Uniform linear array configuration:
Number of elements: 4
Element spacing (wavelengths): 0.25
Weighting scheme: cosine
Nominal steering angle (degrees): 60
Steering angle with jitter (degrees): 60.497
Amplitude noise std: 0.05
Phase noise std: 0.05

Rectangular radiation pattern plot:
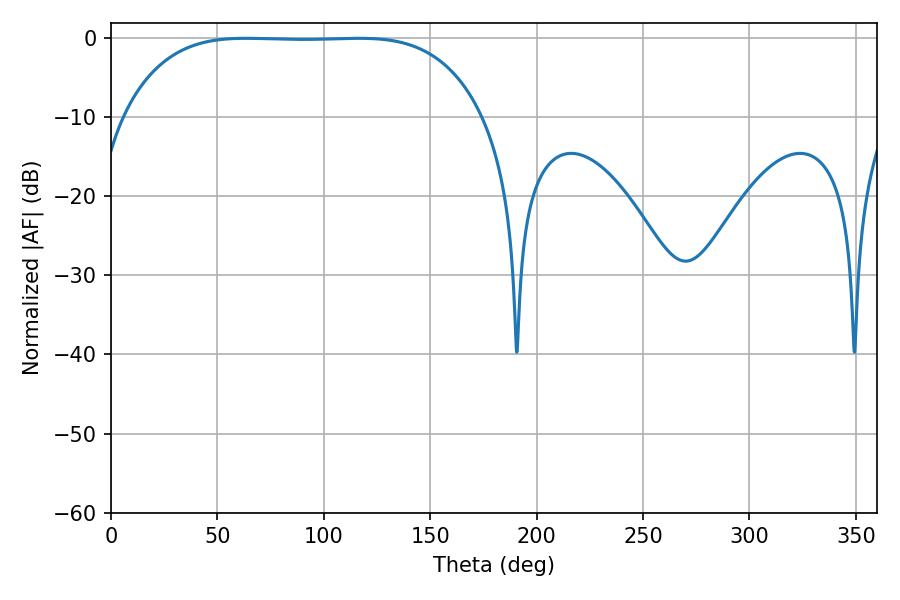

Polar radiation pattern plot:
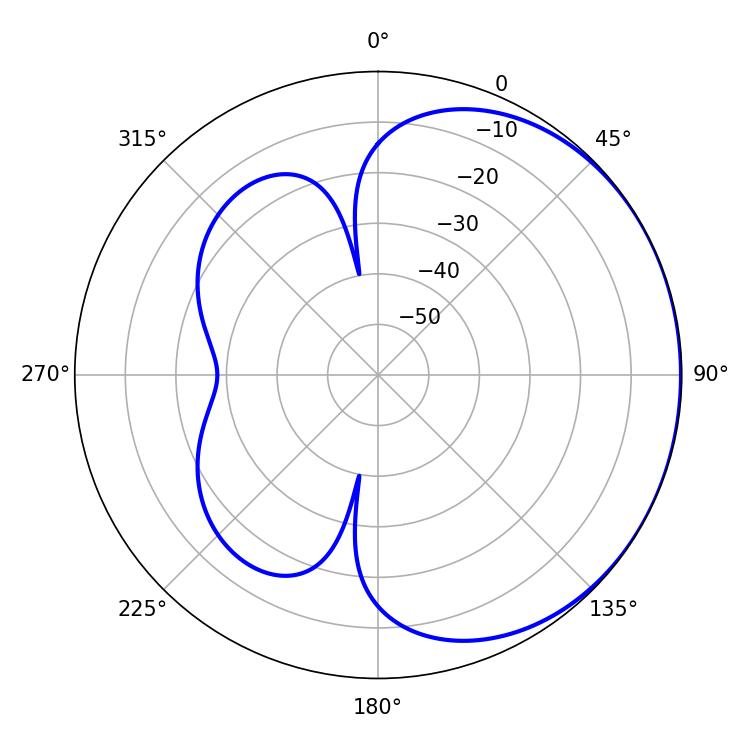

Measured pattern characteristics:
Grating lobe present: FALSE
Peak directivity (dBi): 0.6748
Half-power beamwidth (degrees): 130.32
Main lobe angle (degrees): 63.36